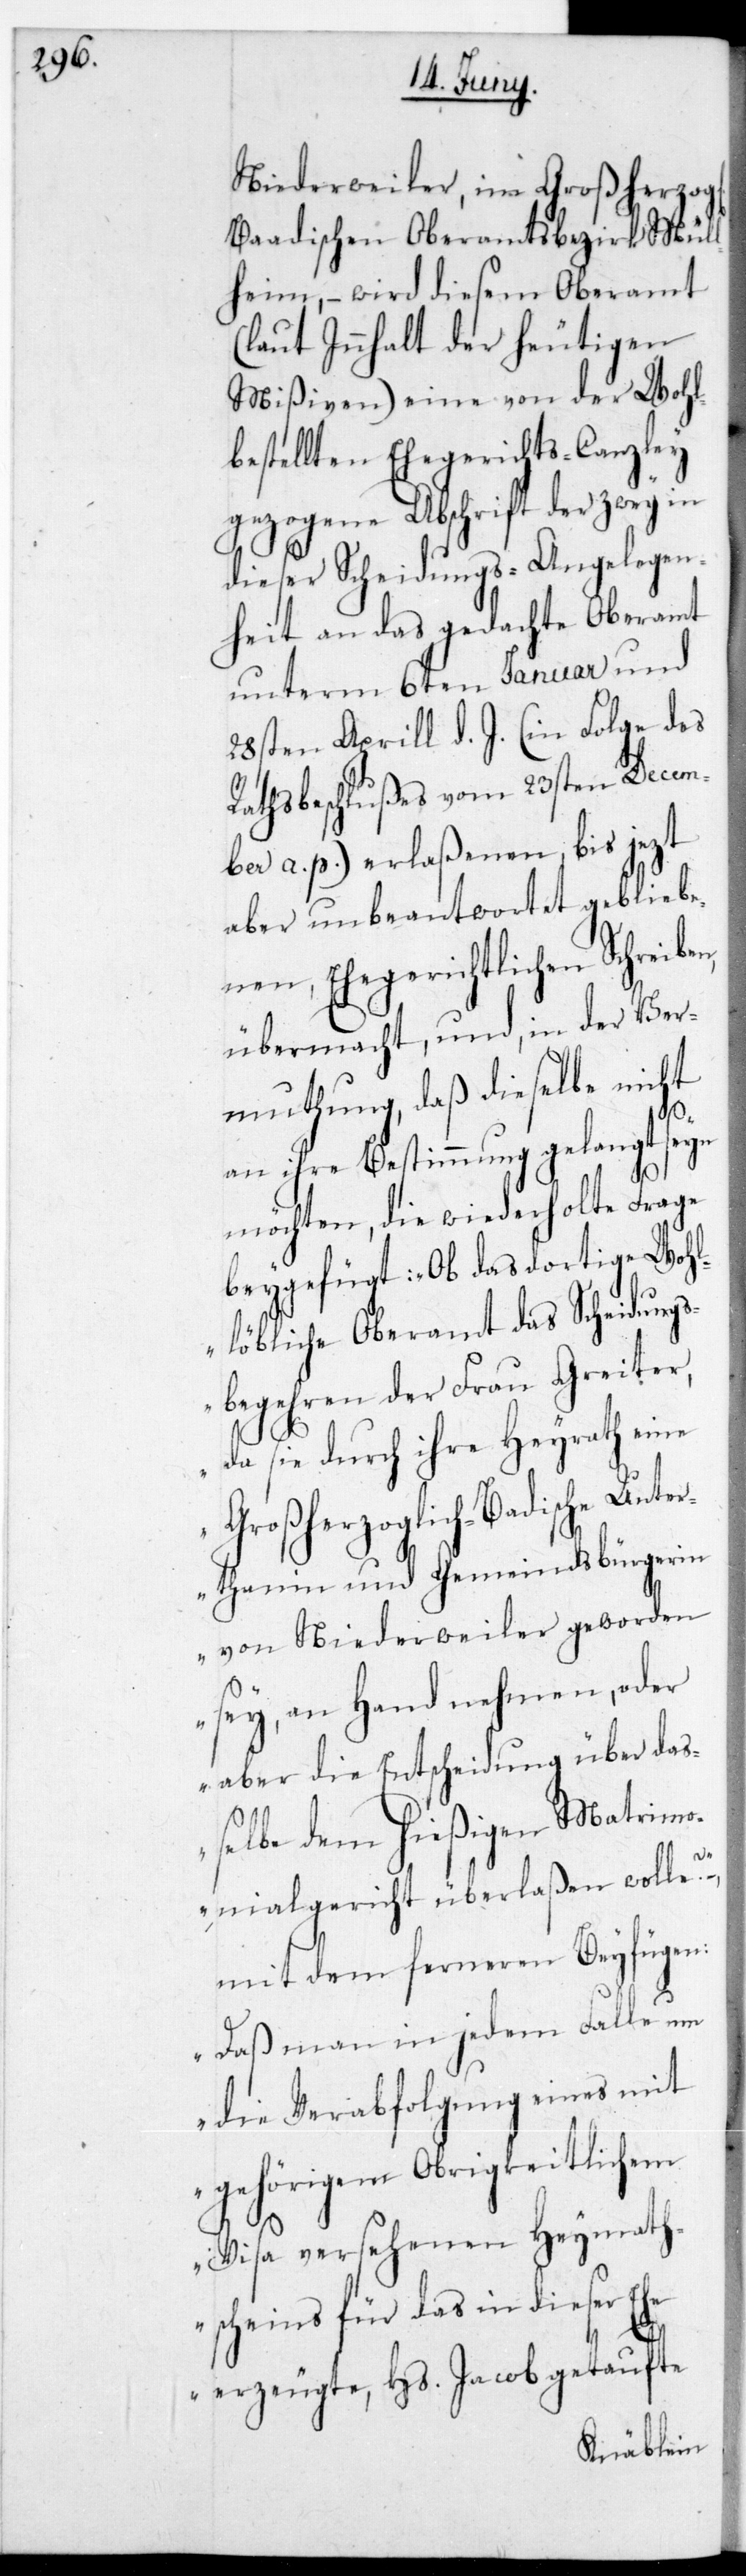
Niederweiler im Großherzog¬
aadischen Oberamtsbezirk Mül¬
lheim, – wird diesem Oberamt
(laut Innhalt der heutigen
Mißiven) eine von der wohl¬
bestellten Ehegerichtscanzley
gezogene Abschrift der zwey in
dieser Scheidungs-Angelegen¬
heit an das gedachte Oberamt
unterm 6ten Januar und
28sten Aprill d. J. (in Folge des
Decem¬
Rathsbeschlußes vom
Mat¬
ber a. p.) erlaßenen
blieb¬
aber unbeantwo¬
enen, ehegerichtlichen Schreib¬
Ver¬
übermacht, und in
nicht
mutung, daß dies¬
ießigen
an ihre Bestimmung
e Frage
möchten, die wiede¬
gewo¬
beygefügt: „Ob das
idungs¬
llöbliche Oberamt
begehren der
eine
da sie durch ihre
Großherzogl¬
nes
erthanin und Ge¬
von Niederw¬
sey, an Hand
aber die Entscheidung
ßelbe dem h¬
rimonialgericht überla¬
ßen
mit dem ferneren
„Daß man in jedem Falle um
mit
die Verabfolgung ei¬
gehörigem Obrigkeitlichem
Visa versehenen Heymath¬
scheins für das in dieser Ehe
erzeugte, Hs. Jacob getaufte